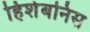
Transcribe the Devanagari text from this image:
हिशेबनिस